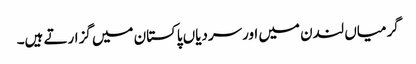
گرمیاں لندن میں اورسردیاں پاکستان میں گزارتے ہیں۔